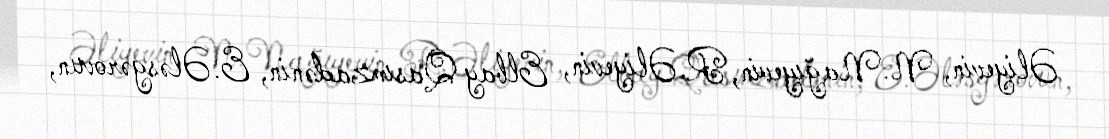
Əliyevin, N.Nağıyevin, R.Əliyevin, Elbay Qasımzadənin, E.Ələsgərovun,